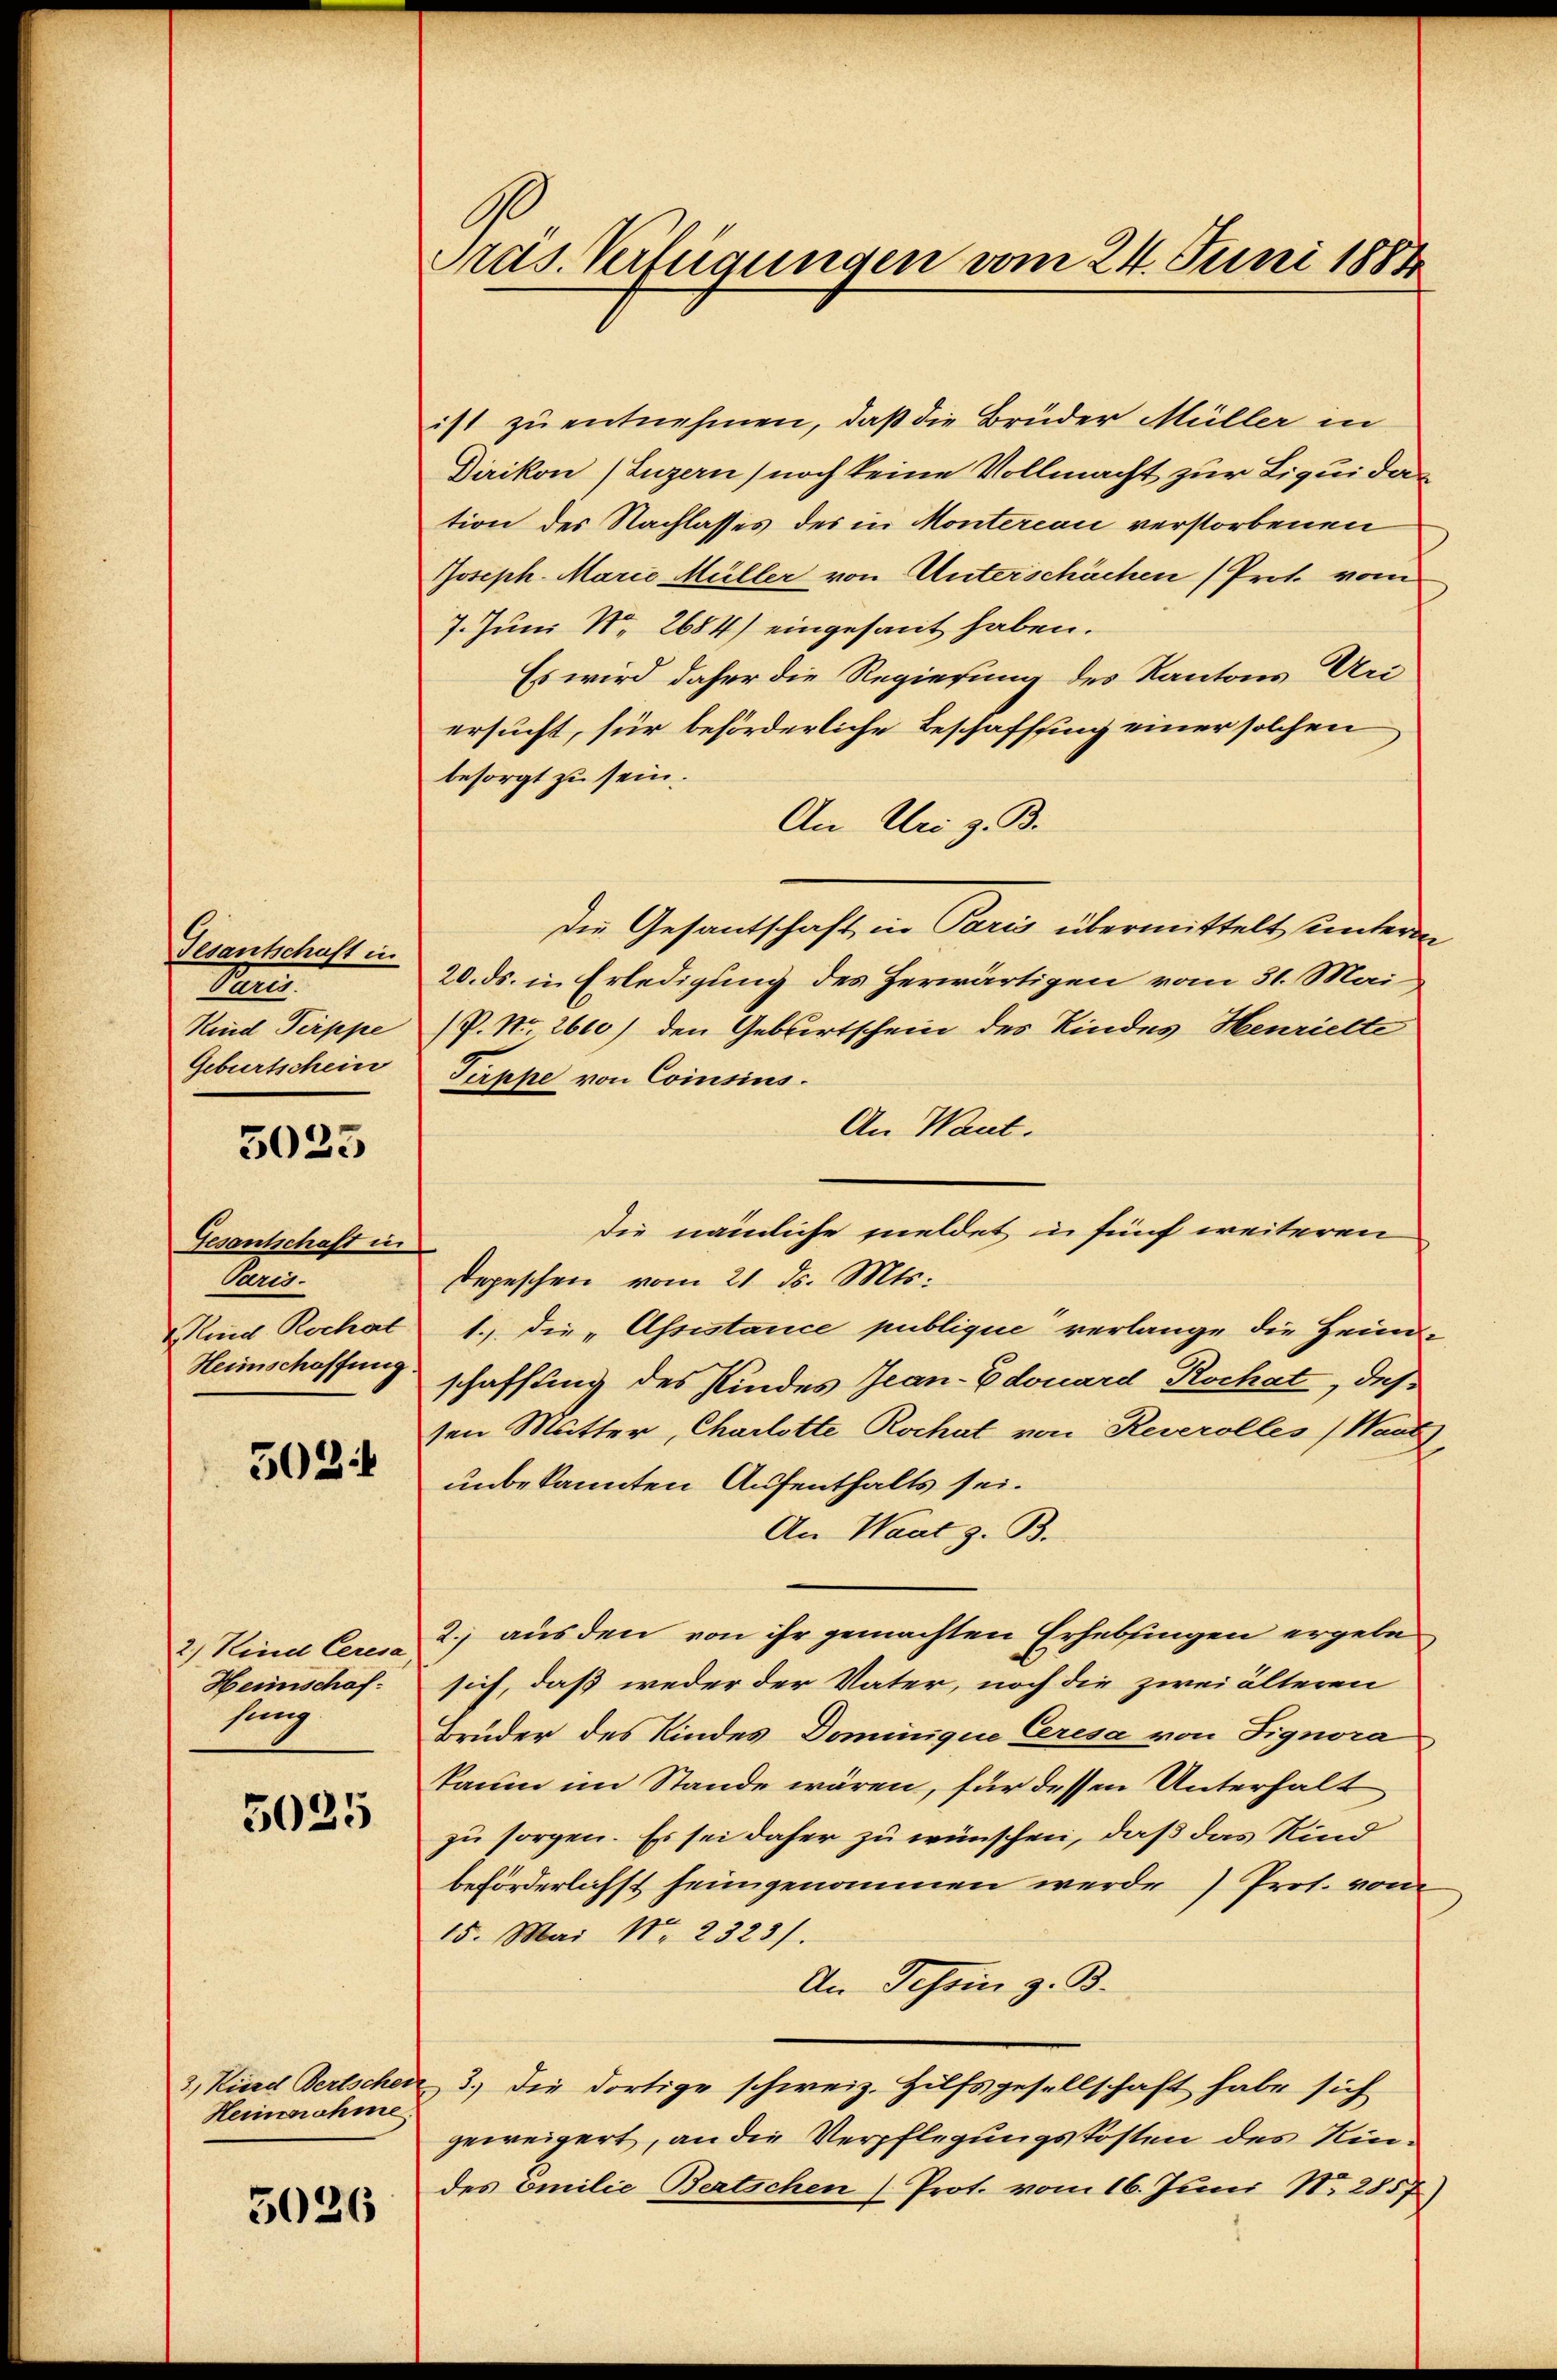
Gesantschaft in
A
Kind Pirppe
Geburtschein

3023

Gesantschaft in
Paris.
Kind Rochat
Heimschaffung

5024

2.) Kind Ceresa
Heinschaf
sing

5025

3, Kierd Bertscher
Hernahme

5026

Pras. Verfügungen vom 24. Juni 1884

ist zu entnehmen, daß die Brüder Müller in
Dirikon (Luzern) noch keine Vollmacht zur Liquidation des Nachlasses des in Montercan verstorbenen
Joseph. Marie Müller von Unterschächen (Prot. vom
7. Juni Nr. 2684) eingesant haben.
Es wird daher die Regierung des Kantons Uri
ersucht, für beförderliche Beschaffung einer solchen
besorgt zu sein.
An Uri z. B.
Die Gesantschaft, in Paris übermittelt unterm
20. ds. in Erledigung des herwärtigen vom 31. Mai
P. Nr. 2610) den Gebirtschein des Kindes Henrielte
Pippe von Coisius.
An Want.
Depeschen vom 21. ds. Mts.
1., die „Assistance publique verlange die Hein-
schaffung des Kindes Jean-Edouard Rochat, daß
sen Mutter, Charlotte Rochat von Reverolles (Want
unbekannten Aufenthalts sei.
An Waat z. B.
2.) aus den von ihr gemachten Erhebungen ergebe
sich, daß weder der Vater, noch die zwei älteren
Brüder des Kindes Dominigue Cresa von Signora
kaum im Stande wären, für dessen Unterhalt
zu sorgen. Es sei daher zu wünschen, daß das Kind
beförderlichst heimgenommen werde) Prof. von
15. Mai Nr. 2323/.
An Tessin z. B.
3.) Die dortige schweiz. Hilfsgesellschaft habe sich
geweigert, an die Verpflegungskosten des Kindes Emilie Bertschen (Prot. vom 16. Juni N. 2857)

die nämliche meldet un fünf weiteren